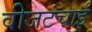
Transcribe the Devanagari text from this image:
वीजटंचाई